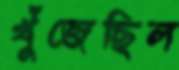
খুঁজেছিল